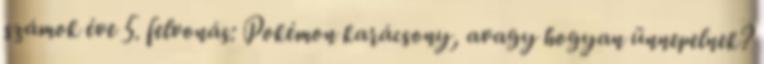
számok éve 5. felvonás: Pokémon karácsony, avagy hogyan ünnepelnek?